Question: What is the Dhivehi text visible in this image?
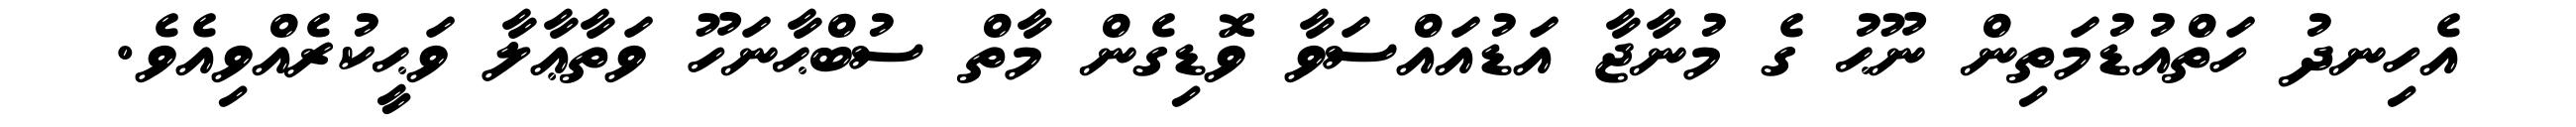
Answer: އެހިނދު ހަތްއުޑުމަތިން ނޫޙު ގެ މުނާޖާ އަޑުއައްސަވާ ވޮޑިގެން މާތް ސުބްޙާނަހޫ ވަތާޢާލާ ވަޙީކުރެއްވިއެވެ.